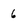
Character: 6